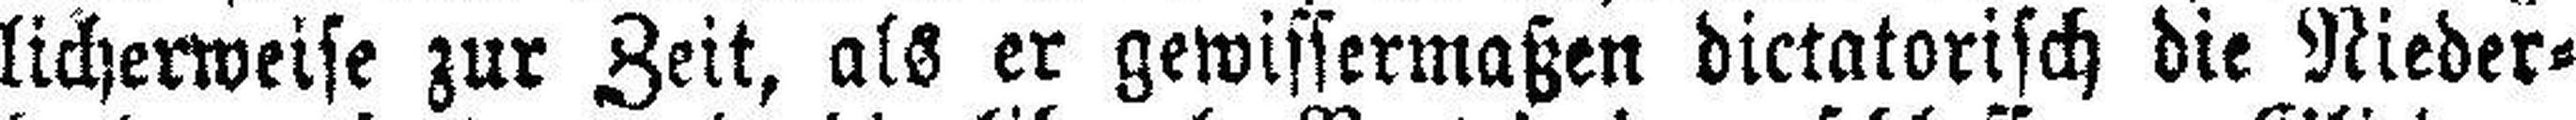
licherweise zur Zeit, als er gewissermaßen dictatorisch die Nieder¬